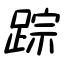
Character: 踪